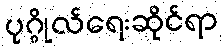
ပုဂ္ဂိုလ်ရေးဆိုင်ရာ